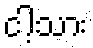
ငါ့သား